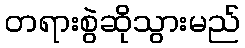
တရားစွဲဆိုသွားမည်